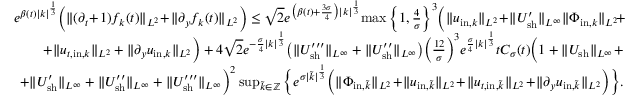
\begin{array} { r } { e ^ { \beta ( t ) | k | ^ { \frac { 1 } { 3 } } } \Big ( \| ( \partial _ { t } \! + \! 1 ) f _ { k } ( t ) \| _ { L ^ { 2 } } \! + \! \| \partial _ { y } f _ { k } ( t ) \| _ { L ^ { 2 } } \Big ) \leq \sqrt { 2 } e ^ { \big ( \beta ( t ) + \frac { 3 \sigma } { 4 } \big ) | k | ^ { \frac { 1 } { 3 } } } \! \operatorname* { m a x } \Big \{ 1 , \frac { 4 } { \sigma } \Big \} ^ { 3 } \Big ( \| u _ { \mathrm { i n } , k } \| _ { L ^ { 2 } } \! + \! \| U _ { \mathrm { s h } } ^ { \prime } \| _ { L ^ { \infty } } \| \Phi _ { \mathrm { i n } , k } \| _ { L ^ { 2 } } \! + \! } \\ { + \| u _ { t , \mathrm { i n } , k } \| _ { L ^ { 2 } } + \| \partial _ { y } u _ { \mathrm { i n } , k } \| _ { L ^ { 2 } } \Big ) + 4 \sqrt { 2 } e ^ { - \frac { \sigma } { 4 } | k | ^ { \frac 1 3 } } \big ( \| U _ { \mathrm { s h } } ^ { \prime \prime \prime } \| _ { L ^ { \infty } } + \| U _ { \mathrm { s h } } ^ { \prime \prime } \| _ { L ^ { \infty } } \big ) \bigg ( \frac { 1 2 } { \sigma } \bigg ) ^ { 3 } e ^ { \frac { \sigma } { 4 } | k | ^ { \frac 1 3 } } t C _ { \sigma } ( t ) \Big ( 1 + \| U _ { \mathrm { s h } } \| _ { L ^ { \infty } } + } \\ { + \| U _ { \mathrm { s h } } ^ { \prime } \| _ { L ^ { \infty } } + \| U _ { \mathrm { s h } } ^ { \prime \prime } \| _ { L ^ { \infty } } + \| U _ { \mathrm { s h } } ^ { \prime \prime \prime } \| _ { L ^ { \infty } } \Big ) ^ { 2 } \operatorname* { s u p } _ { \tilde { k } \in \mathbb Z } \Big \{ e ^ { \sigma | \tilde { k } | ^ { \frac { 1 } { 3 } } } \Big ( \| \Phi _ { \mathrm { i n } , \tilde { k } } \| _ { L ^ { 2 } } \! + \! \| u _ { \mathrm { i n } , \tilde { k } } \| _ { L ^ { 2 } } \! + \! \| u _ { t , \mathrm { i n } , \tilde { k } } \| _ { L ^ { 2 } } \! + \! \| \partial _ { y } u _ { \mathrm { i n } , \tilde { k } } \| _ { L ^ { 2 } } \Big ) \Big \} . } \end{array}